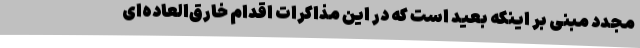
مجدد مبنی بر اینکه بعید است که در این مذاکرات اقدام خارق‌العاده‌ای